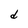
Character: d